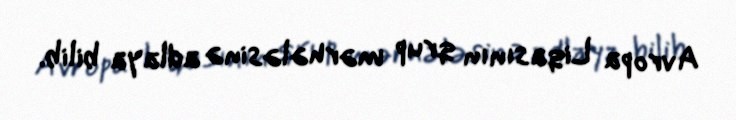
Avropa Liqasının qrup mərhələsinə adlaya bilib.